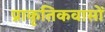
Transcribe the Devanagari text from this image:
प्राकृतिकवासों